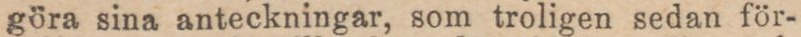
göra sina anteckningar, som troligen sedan för-